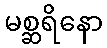
မစ္ဆရိနော